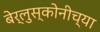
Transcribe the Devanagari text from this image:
बेर्लुस्कोनीच्या